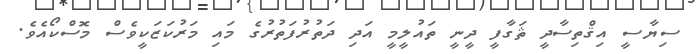
ސިޔާސީ އިޤްތިސާދީ ޘަގާފީ ދީނީ ތައުލީމީ އަދި ދަތުރުފަތުރުގެ މައި މަރުކަޒަކީވެސް މޮސްކޯއެވެ.